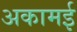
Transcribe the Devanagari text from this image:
अकामई